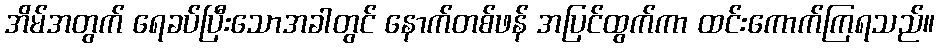
အိမ်အတွက် ရေခပ်ပြီးသောအခါတွင် နောက်တစ်ဖန် အပြင်ထွက်ကာ ထင်းကောက်ကြရသည်။